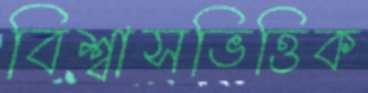
বিশ্বাসভিত্তিক